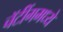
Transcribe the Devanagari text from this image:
चॅटींगमध्ये